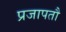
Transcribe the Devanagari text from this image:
प्रजापतौ